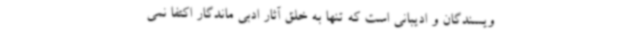
ویسندگان و ادیبانی است که تنها به خلق آثار ادبی ماندگار اکتفا نمی